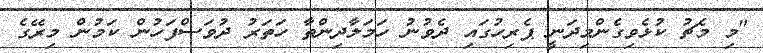
"މި މެޗު ކުޅެވިގެންމިދަނީ ޕެރިހުގައި ދެވުނު ހަމަލާދިންތާ ހަތަރު ދުވަސްފަހުން ކަމުން މިރޭގެ